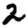
Digit: 2